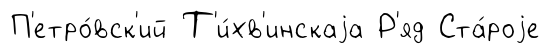
П'етро́вск'ий Т'и́хв'инскаjа Р'яд Ста́роjе